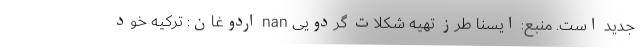
جدید است. منبع: ایسنا طرز تهیه شکلات گردویی nan اردوغان: ترکیه خود